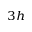
_ { 3 h }